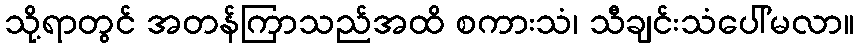
သို့ရာတွင် အတန်ကြာသည်အထိ စကားသံ၊ သီချင်းသံပေါ်မလာ။